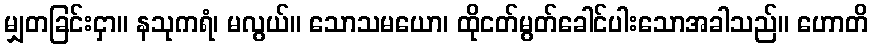
မျှတခြင်းငှာ။ နသုကရံ၊ မလွယ်။ သောသမယော၊ ထိုငတ်မွတ်ခေါင်ပါးသောအခါသည်။ ဟောတိ